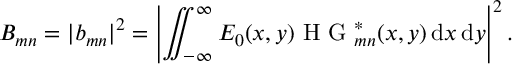
B _ { m n } = | b _ { m n } | ^ { 2 } = \left| \iint _ { - \infty } ^ { \infty } E _ { 0 } ( x , y ) \mathrm { ~ H ~ G ~ } _ { m n } ^ { * } ( x , y ) \, \mathrm { d } x \, \mathrm { d } y \right| ^ { 2 } .